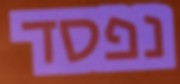
נפסד